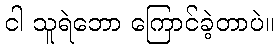
ငါ သူရဲဘော ကြောင်ခဲ့တာပဲ။